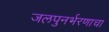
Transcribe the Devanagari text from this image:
जलपुनर्भरणाचा